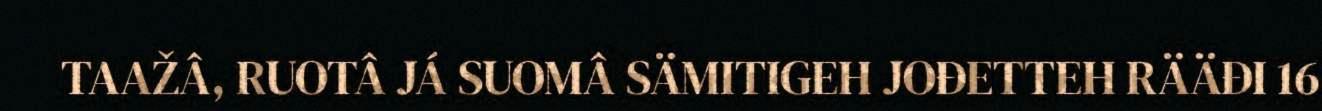
TAAŽÂ, RUOTÂ JÁ SUOMÂ SÄMITIGEH JOĐETTEH RÄÄĐI 16